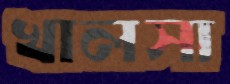
খালসা